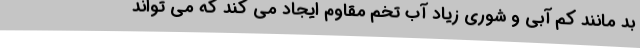
بد مانند کم آبی و شوری زیاد آب تخم مقاوم ایجاد می کند که می تواند